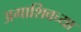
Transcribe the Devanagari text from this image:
अगाशिवच्या